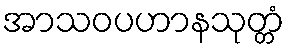
အာသဝပဟာနသုတ္တံ